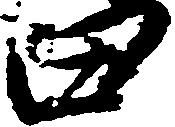
田